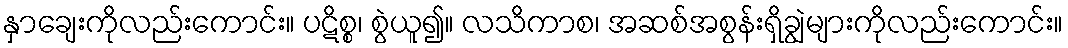
နှာချေးကိုလည်းကောင်း။ ပဋိစ္စ၊ စွဲယူ၍။ လသိကာစ၊ အဆစ်အစွန်းရှိချွဲများကိုလည်းကောင်း။